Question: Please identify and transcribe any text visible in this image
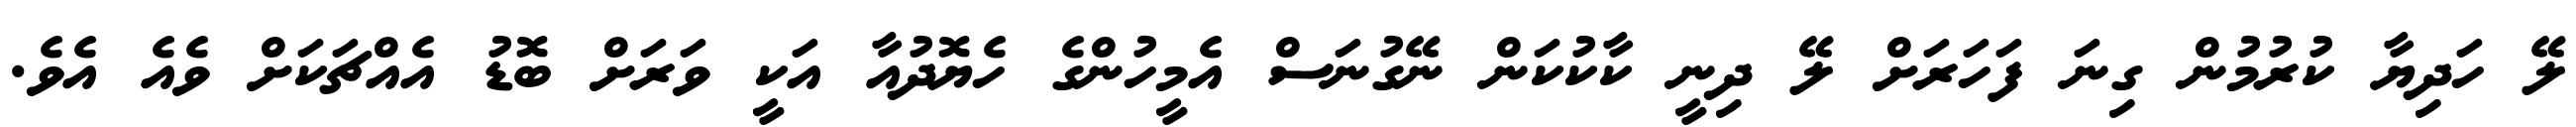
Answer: ލޭ ހަދިޔާ ކުރުމުން ގިނަ ފަހަރަށް ލޭ ދިނީ ކާކުކަން ނޭގުނަސް އެމީހުންގެ ހެޔޮދުއާ އަކީ ވަރަށް ބޮޑު އެއްޗަކަށް ވެއެ އެވެ.